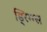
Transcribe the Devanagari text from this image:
ड्रिग्ग्स